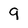
Character: 9